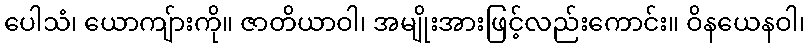
ပေါသံ၊ ယောကျ်ားကို။ ဇာတိယာဝါ၊ အမျိုးအားဖြင့်လည်းကောင်း။ ဝိနယေနဝါ၊